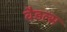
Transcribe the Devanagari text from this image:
वैडल्स